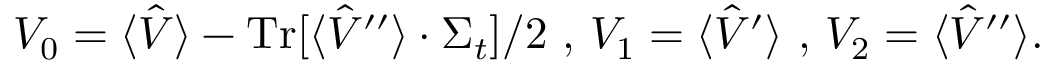
V _ { 0 } = \langle \hat { V } \rangle - \operatorname { T r } [ \langle \hat { V } ^ { \prime \prime } \rangle \cdot \Sigma _ { t } ] / 2 \mathrm { ~ , ~ } V _ { 1 } = \langle \hat { V } ^ { \prime } \rangle \mathrm { ~ , ~ } V _ { 2 } = \langle \hat { V } ^ { \prime \prime } \rangle .